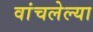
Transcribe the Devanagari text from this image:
वांचलेल्या